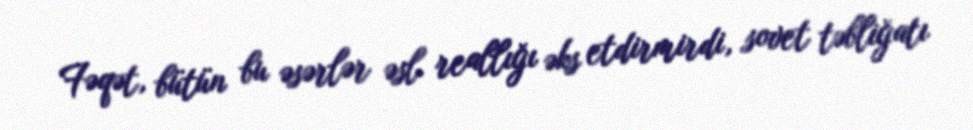
Fəqət, bütün bu əsərlər əsl reallığı əks etdirmirdi, sovet təbliğatı